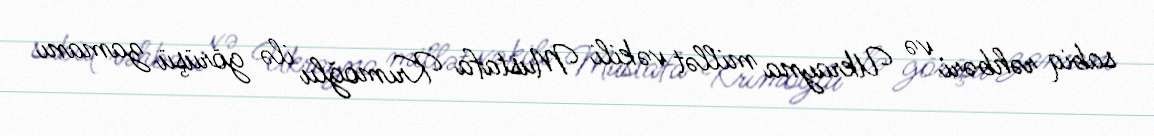
sabiq rəhbəri və Ukrayna millət vəkili Mustafa Krımoğlu ilə görüşü zamanı